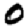
Digit: 0